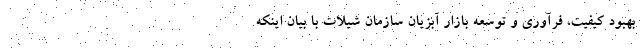
بهبود کیفیت، فرآوری و توسعه بازار آبزیان سازمان شیلات با بیان اینکه